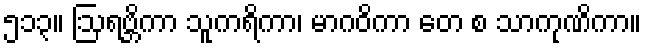
၅၁၃။ ဩရဗ္ဘိကာ သူကရိကာ၊ မာဂဝိကာ တေ စ သာကုဏိကာ။